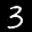
Digit: 3